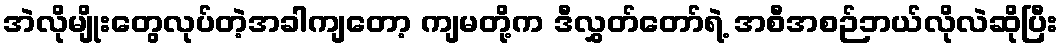
အဲလိုမျိုးတွေလုပ်တဲ့အခါကျတော့ ကျမတို့က ဒီလွှတ်တော်ရဲ့ အစီအစဉ်ဘယ်လိုလဲဆိုပြီး